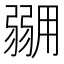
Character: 𭛇